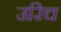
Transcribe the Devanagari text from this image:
उरिच